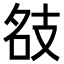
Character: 𢻇